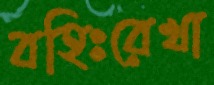
বহিঃরেখা